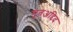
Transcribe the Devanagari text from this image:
मुतअद्दिद